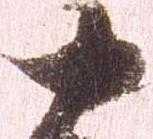
十